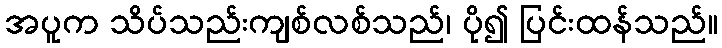
အပူက သိပ်သည်းကျစ်လစ်သည်၊ ပို၍ ပြင်းထန်သည်။